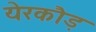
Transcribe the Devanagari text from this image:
येरकौड़